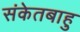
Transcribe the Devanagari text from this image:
संकेतबाहु